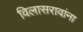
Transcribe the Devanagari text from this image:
विलासरावांना